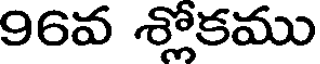
96వ శ్లోకము